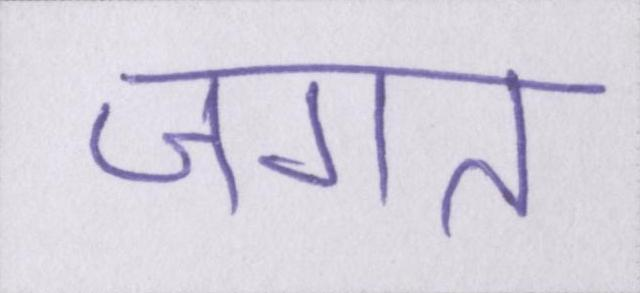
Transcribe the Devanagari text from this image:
जगत